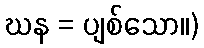
ဃန = ပျစ်သော။)